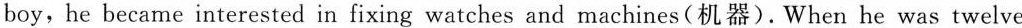
boy,he became interested in fixing watches and machines(机器).When he was twelve